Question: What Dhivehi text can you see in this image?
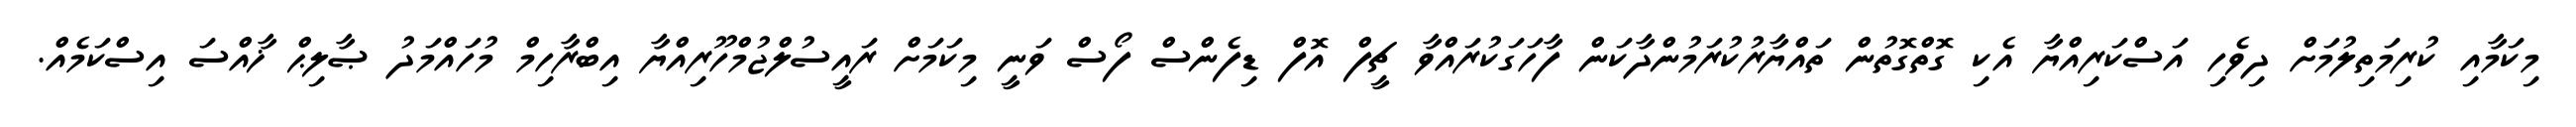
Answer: މިކަމާއި ކުރިމަތިލުމަށް ދިވެހި އަސްކަރިއްޔާ އެކި ގޮތްގޮތުން ތައްޔާރުކުރަމުންދާކަން ފާހަގަކުރައްވާ ޗީފް އޮފް ޑިފެންސް ފޯސް ވަނީ މިކަމަށް ރައީސުލްޖުމްހޫރިއްޔާ އިބްރާހިމް މުހައްމަދު ޞާލިޙް ޚާއްސަ އިސްކަމެއް.